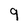
Character: 9